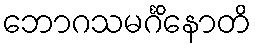
ဘောဂသမင်္ဂိနောတိ